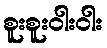
စူးစူးဝါးဝါး